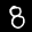
Label: 8